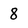
Character: 8